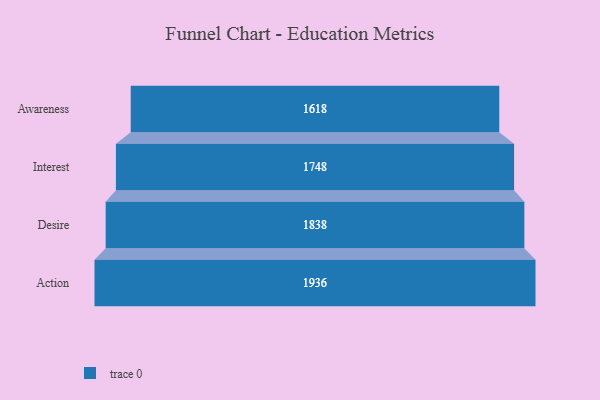
{"axis": {"x": "Stage", "y": "Value"}, "legend": [""], "data": [{"x": "Awareness", "y": 1618.0, "type": ""}, {"x": "Interest", "y": 1748.0, "type": ""}, {"x": "Desire", "y": 1838.0, "type": ""}, {"x": "Action", "y": 1936.0, "type": ""}]}